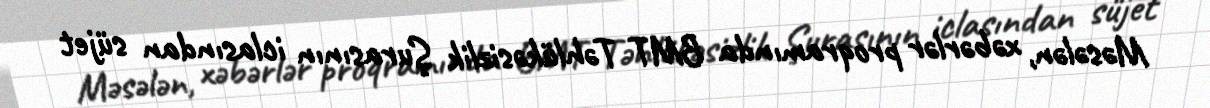
Məsələn, xəbərlər proqramında BMT Təhlükəsizlik Şurasının iclasından süjet